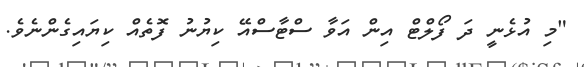
"މި އުޅެނީ ދަ ފޯލްޓް އިން އަވާ ސްޓާސްއޭ ކިޔުނު ފޮތެއް ކިޔައިގެންނެވެ.